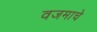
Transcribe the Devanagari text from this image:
वजमाचे